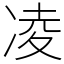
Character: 凌